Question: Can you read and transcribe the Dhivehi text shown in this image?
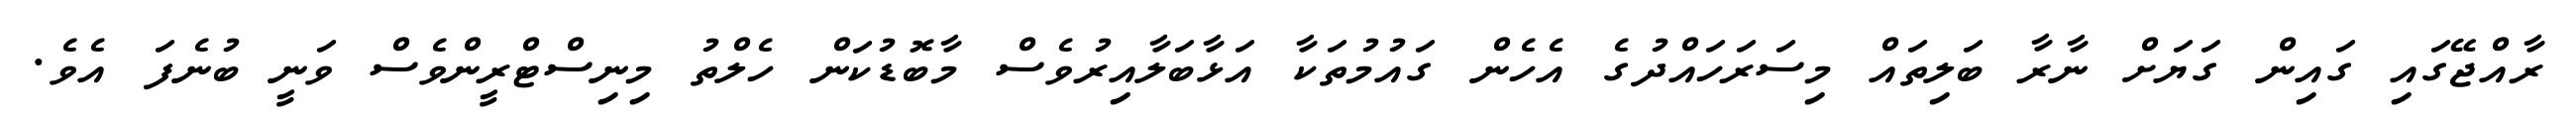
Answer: ރާއްޖޭގައި ގައިން ގަޔަށް ނާރާ ބަލިތައް މިސަރަހައްދުގެ އެހެން ގައުމުތަކާ އަޅާބަލާއިރުވެސް މާބޮޑުކަން ހެލްތު މިނިސްޓްރީންވެސް ވަނީ ބުނެފަ އެވެ.